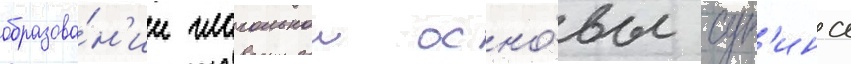
образова́н'ии глагольнои осно́вы суп'ина